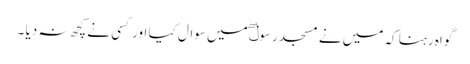
گواہ رہنا کہ میں نے مسجد رسولۖ میں سوال کیا اور کسی نے کچھ نہ دیا ۔